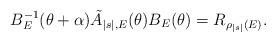
LaTeX: \begin{align*}B_E^{-1}(\theta+\alpha)\tilde{A}_{|s|,E}(\theta)B_E(\theta)=R_{\rho_{|s|}(E)}.\end{align*}